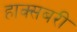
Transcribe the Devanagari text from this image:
हाक्सबरी